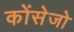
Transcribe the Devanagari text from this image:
कोंसेजो